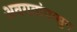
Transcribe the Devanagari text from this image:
अवयवांपासुन